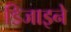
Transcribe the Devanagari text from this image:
डिजाइने